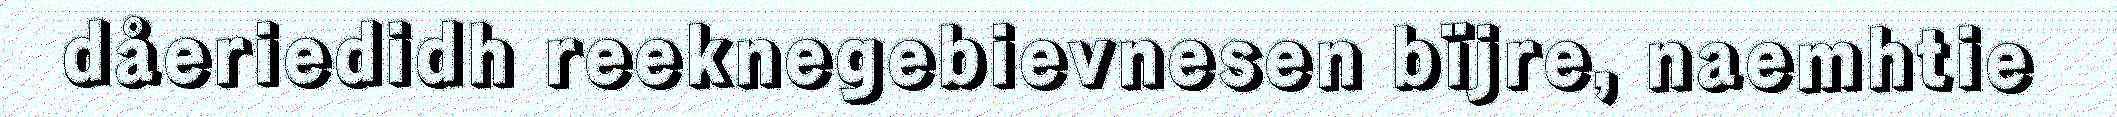
dåeriedidh reeknegebievnesen bïjre, naemhtie